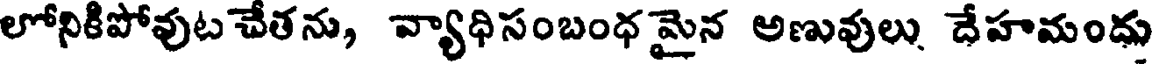
లోనికిపోవుట చేతను, వ్యాధిసంబంధ మైన అణువులు దేహమందు